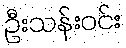
ဦးသန်းဝင်း